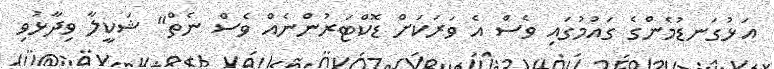
އަޅުގަނޑުމެންގެ ގައުމުގައި ވެސް އެ ވަރަކަށް ޑޮކްޓަރުންނެއް ވެސް ނެތް" ޝަކީލާ ވިދާޅުވި